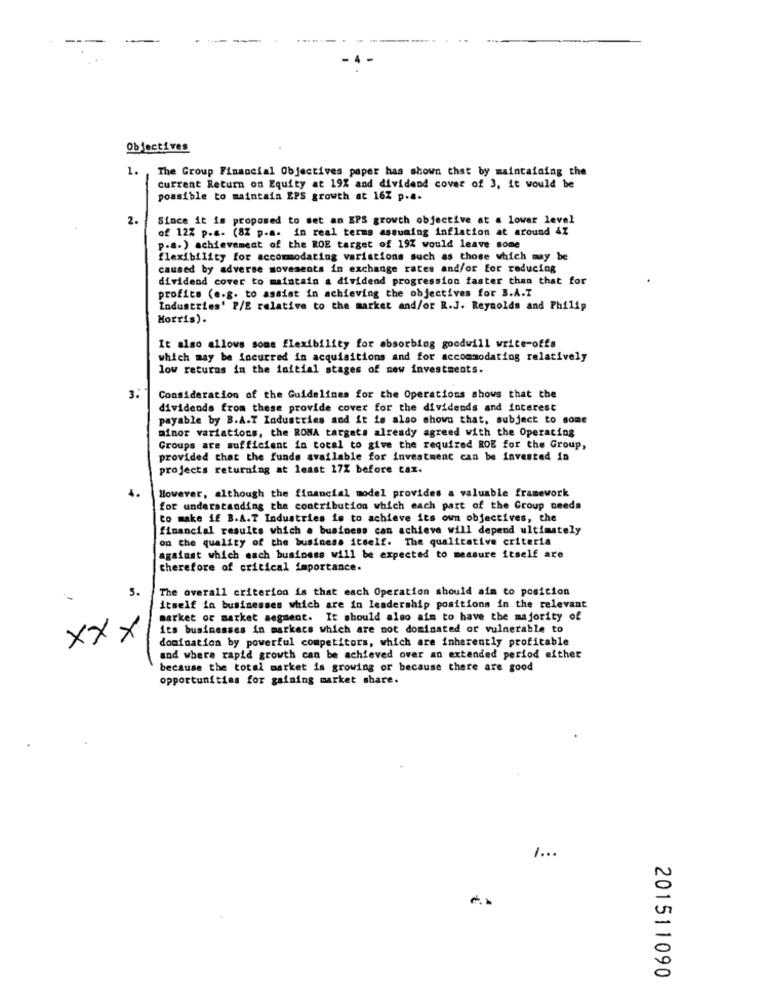
Objectives
1.
The Group Financial Objectives paper has shown that by maintaining the
current Return on Equity at 19% and dividend cover of 3, it would be
possible to maintain EPS growth at 16% p ...
2.
Since it is proposed to set an EPS growth objective at a lower level
of 12% p.a. (8% p.a. in real terms assuming inflation at around 4%
p.a.) achievement of the ROE target of 19% would leave some
flexibility for accommodating variations such as those which may be
caused by adverse movements in exchange rates and/or for reducing
dividend cover to maintain a dividend progression faster than that for
profits (e.g. to assist in achieving the objectives for B.A.T
Industries' P/E relative to the market and/or R.J. Reynolds and Philip
Morris).
It also allows some flexibility for absorbing goodwill write-offs
which may be incurred in acquisitions and for accommodating relatively
low returns in the initial stages of new investments.
3.
Consideration of the Guidelines for the Operations shows that the
dividends from these provide cover for the dividends and interest
payable by B.A.T Industries and it is also shows that, subject to some
afnor variations, the RONA targata already agreed with the Operating
Groups are sufficient in total to give the required ROE for the Group,
provided that the funds available for investment can be invested in
projects returning at least 17% before tax.
4.
However, although the financial model provides a valuable framework
for understanding the contribution which each part of the Group needs
to make if B.A.T Industries is to achieve its own objectives, the
financial results which a business can achieve will depend ultimately
on the quality of the business itself. The qualitative criteria
against which each business will be expected to measure itself are
therefore of critical importance.
5.
The overall criterion is that each Operation should aim to posicion
itself in businesses which are in leadership positions in the relevant
market or market segment. It should also aim to have the majority of
its businesses in markace which are not dominated or vulnerable to
xxx
domination by powerful competitors, which are inherently profitable
and where rapid growth can be achieved over an extended period either
because the total market is growing or because there are good
opportunities for gaining market share.
201511090